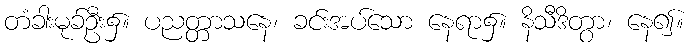
တံခါးမုခ်ဦး၌။ ပညတ္တာသနေ၊ ခင်းအပ်သော နေရာ၌။ နိသီဒိတွာ၊ နေ၍။